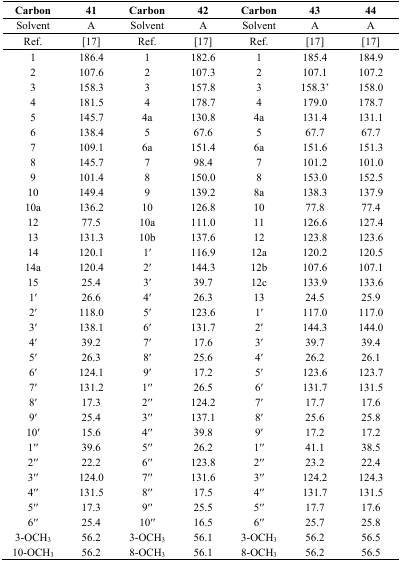
<table><thead><tr><td><b>Carbon</b></td><td><b>41</b></td><td><b>Carbon</b></td><td><b>42</b></td><td><b>Carbon</b></td><td><b>43</b></td><td><b>44</b></td></tr></thead><tbody><tr><td>Solvent</td><td>A</td><td>Solvent</td><td>A</td><td>Solvent</td><td>A</td><td>A</td></tr><tr><td>Ref.</td><td>[17]</td><td>Ref.</td><td>[17]</td><td>Ref.</td><td>[17]</td><td>[17]</td></tr><tr><td>1</td><td>186.4</td><td>1</td><td>182.6</td><td>1</td><td>185.4</td><td>184.9</td></tr><tr><td>2</td><td>107.6</td><td>2</td><td>107.3</td><td>2</td><td>107.1</td><td>107.2</td></tr><tr><td>3</td><td>158.3</td><td>3</td><td>157.8</td><td>3</td><td>158.3’</td><td>158.0</td></tr><tr><td>4</td><td>181.5</td><td>4</td><td>178.7</td><td>4</td><td>179.0</td><td>178.7</td></tr><tr><td>5</td><td>145.7</td><td>4a</td><td>130.8</td><td>4a</td><td>131.4</td><td>131.1</td></tr><tr><td>6</td><td>138.4</td><td>5</td><td>67.6</td><td>5</td><td>67.7</td><td>67.7</td></tr><tr><td>7</td><td>109.1</td><td>6a</td><td>151.4</td><td>6a</td><td>151.6</td><td>151.3</td></tr><tr><td>8</td><td>145.7</td><td>7</td><td>98.4</td><td>7</td><td>101.2</td><td>101.0</td></tr><tr><td>9</td><td>101.4</td><td>8</td><td>150.0</td><td>8</td><td>153.0</td><td>152.5</td></tr><tr><td>10</td><td>149.4</td><td>9</td><td>139.2</td><td>8a</td><td>138.3</td><td>137.9</td></tr><tr><td>10a</td><td>136.2</td><td>10</td><td>126.8</td><td>10</td><td>77.8</td><td>77.4</td></tr><tr><td>12</td><td>77.5</td><td>10a</td><td>111.0</td><td>11</td><td>126.6</td><td>127.4</td></tr><tr><td>13</td><td>131.3</td><td>10b</td><td>137.6</td><td>12</td><td>123.8</td><td>123.6</td></tr><tr><td>14</td><td>120.1</td><td>1ʹ</td><td>116.9</td><td>12a</td><td>120.2</td><td>120.5</td></tr><tr><td>14a</td><td>120.4</td><td>2ʹ</td><td>144.3</td><td>12b</td><td>107.6</td><td>107.1</td></tr><tr><td>15</td><td>25.4</td><td>3ʹ</td><td>39.7</td><td>12c</td><td>133.9</td><td>133.6</td></tr><tr><td>1ʹ</td><td>26.6</td><td>4ʹ</td><td>26.3</td><td>13</td><td>24.5</td><td>25.9</td></tr><tr><td>2ʹ</td><td>118.0</td><td>5ʹ</td><td>123.6</td><td>1ʹ</td><td>117.0</td><td>117.0</td></tr><tr><td>3ʹ</td><td>138.1</td><td>6ʹ</td><td>131.7</td><td>2ʹ</td><td>144.3</td><td>144.0</td></tr><tr><td>4ʹ</td><td>39.2</td><td>7ʹ</td><td>17.6</td><td>3ʹ</td><td>39.7</td><td>39.4</td></tr><tr><td>5ʹ</td><td>26.3</td><td>8ʹ</td><td>25.6</td><td>4ʹ</td><td>26.2</td><td>26.1</td></tr><tr><td>6ʹ</td><td>124.1</td><td>9ʹ</td><td>17.2</td><td>5ʹ</td><td>123.6</td><td>123.7</td></tr><tr><td>7ʹ</td><td>131.2</td><td>1ʹʹ</td><td>26.5</td><td>6ʹ</td><td>131.7</td><td>131.5</td></tr><tr><td>8ʹ</td><td>17.3</td><td>2ʹʹ</td><td>124.2</td><td>7ʹ</td><td>17.7</td><td>17.6</td></tr><tr><td>9ʹ</td><td>25.4</td><td>3ʹʹ</td><td>137.1</td><td>8ʹ</td><td>25.6</td><td>25.8</td></tr><tr><td>10ʹ</td><td>15.6</td><td>4ʹʹ</td><td>39.8</td><td>9ʹ</td><td>17.2</td><td>17.2</td></tr><tr><td>1ʹʹ</td><td>39.6</td><td>5ʹʹ</td><td>26.2</td><td>1ʹʹ</td><td>41.1</td><td>38.5</td></tr><tr><td>2ʹʹ</td><td>22.2</td><td>6ʹʹ</td><td>123.8</td><td>2ʹʹ</td><td>23.2</td><td>22.4</td></tr><tr><td>3ʹʹ</td><td>124.0</td><td>7ʹʹ</td><td>131.6</td><td>3ʹʹ</td><td>124.2</td><td>124.3</td></tr><tr><td>4ʹʹ</td><td>131.5</td><td>8ʹʹ</td><td>17.5</td><td>4ʹʹ</td><td>131.7</td><td>131.5</td></tr><tr><td>5ʹʹ</td><td>17.3</td><td>9ʹʹ</td><td>25.5</td><td>5ʹʹ</td><td>17.7</td><td>17.6</td></tr><tr><td>6ʹʹ</td><td>25.4</td><td>10ʹʹ</td><td>16.5</td><td>6ʹʹ</td><td>25.7</td><td>25.8</td></tr><tr><td>3-OCH<sub>3</sub></td><td>56.2</td><td>3-OCH<sub>3</sub></td><td>56.1</td><td>3-OCH<sub>3</sub></td><td>56.2</td><td>56.5</td></tr><tr><td>10-OCH<sub>3</sub></td><td>56.2</td><td>8-OCH<sub>3</sub></td><td>56.1</td><td>8-OCH<sub>3</sub></td><td>56.2</td><td>56.5</td></tr></tbody></table>